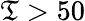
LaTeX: \mathfrak{T}>50